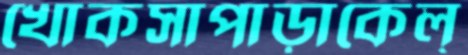
খোকসাপাড়াকেল্